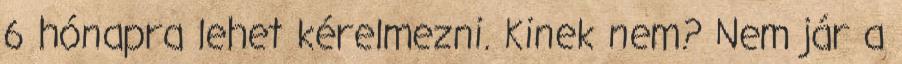
6 hónapra lehet kérelmezni. Kinek nem? Nem jár a